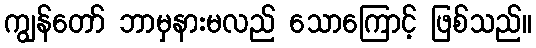
ကျွန်တော် ဘာမှနားမလည် သောကြောင့် ဖြစ်သည်။